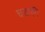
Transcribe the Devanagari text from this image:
चखाएँगें